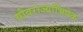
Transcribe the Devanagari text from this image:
यौवराज्याभिषेक